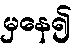
မှနေ၍